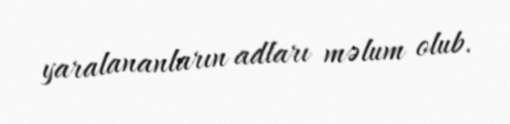
yaralananların adları məlum olub.